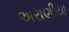
અરાણીયા